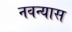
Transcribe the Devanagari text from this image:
नवन्यास